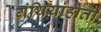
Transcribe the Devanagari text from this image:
ग्रंथियांहोती